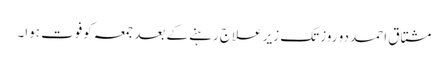
مشتاق احمد دو روز تک زیر علاج رہنے کے بعد جمعہ کوفوت ہوا۔